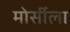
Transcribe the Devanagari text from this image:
मोर्सीला